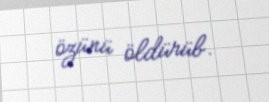
özünü öldürüb.